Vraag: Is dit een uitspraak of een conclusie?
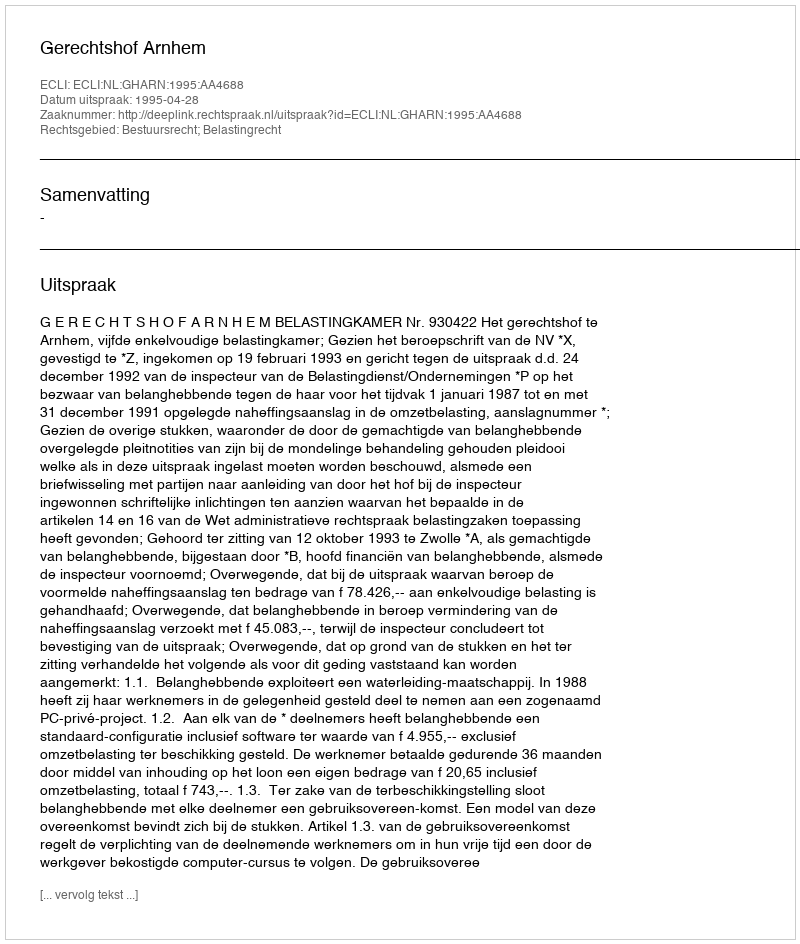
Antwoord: Uitspraak